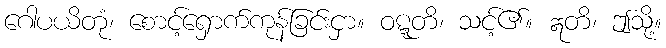
ဂေါပယိတုံ၊ စောင့်ရှောက်ကုန်ခြင်းငှာ။ ဝဋ္ဋတိ၊ သင့်၏။ ဣတိ၊ ဤသို့။